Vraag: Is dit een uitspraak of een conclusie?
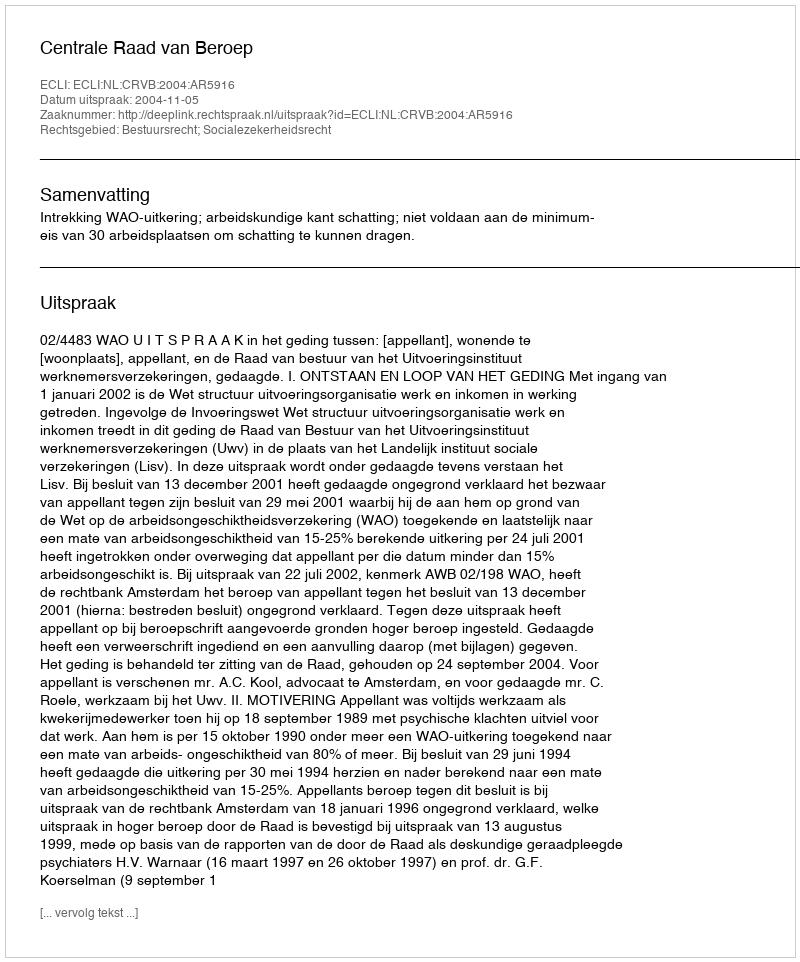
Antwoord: Uitspraak